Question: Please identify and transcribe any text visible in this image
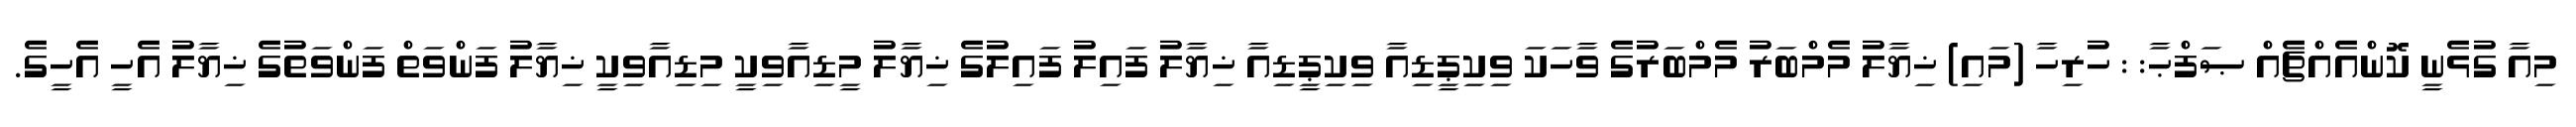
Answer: މިއާ ގުޅެނީ ކޮންއެއްޗެއް ޞަފްޙާ: : ހުރިހާ (މައި) ޚިޔާލު މެމްބަރު މެމްބަރުގެ ވާހަކަ ވިކިޕީޑިއާ ވިކިޕީޑިއާ ޚިޔާލު ފައިލު ފައިލުގެ ޚިޔާލު މީޑިއާވިކީ މިޑިއާވިކީ ޚިޔާލު ފަންވަތް ފަންވަތުގެ ޚިޔާލު އެހީ އެހީގެ.